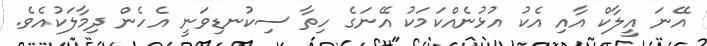
އޭނަ އީލާކް އާއި އެކު އުޅުނެއްކަމަކު އޭނަގެ ހިތާ ސިކުނޑިވަނީ އެހެން ދިމާލަކުއެވެ.